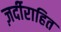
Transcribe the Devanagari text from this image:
ज़र्दीराहित